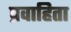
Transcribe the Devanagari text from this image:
प्रवाहिता